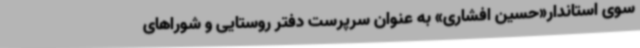
سوی استاندار«حسین افشاری» به عنوان سرپرست دفتر روستایی و شوراهای